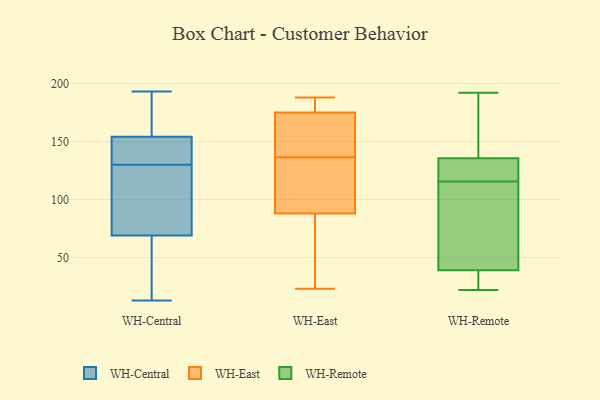
{"axis": {"x": "Satisfaction Score", "y": "Value"}, "legend": ["WH-Central", "WH-East", "WH-Remote"], "data": [{"x": "", "y": 145, "type": "WH-Central"}, {"x": "", "y": 93, "type": "WH-Central"}, {"x": "", "y": 151, "type": "WH-Central"}, {"x": "", "y": 157, "type": "WH-Central"}, {"x": "", "y": 18, "type": "WH-Central"}, {"x": "", "y": 127, "type": "WH-Central"}, {"x": "", "y": 193, "type": "WH-Central"}, {"x": "", "y": 13, "type": "WH-Central"}, {"x": "", "y": 193, "type": "WH-Central"}, {"x": "", "y": 133, "type": "WH-Central"}, {"x": "", "y": 143, "type": "WH-Central"}, {"x": "", "y": 120, "type": "WH-Central"}, {"x": "", "y": 55, "type": "WH-Central"}, {"x": "", "y": 36, "type": "WH-Central"}, {"x": "", "y": 83, "type": "WH-Central"}, {"x": "", "y": 189, "type": "WH-Central"}, {"x": "", "y": 131, "type": "WH-East"}, {"x": "", "y": 168, "type": "WH-East"}, {"x": "", "y": 31, "type": "WH-East"}, {"x": "", "y": 144, "type": "WH-East"}, {"x": "", "y": 100, "type": "WH-East"}, {"x": "", "y": 109, "type": "WH-East"}, {"x": "", "y": 157, "type": "WH-East"}, {"x": "", "y": 175, "type": "WH-East"}, {"x": "", "y": 180, "type": "WH-East"}, {"x": "", "y": 23, "type": "WH-East"}, {"x": "", "y": 175, "type": "WH-East"}, {"x": "", "y": 87, "type": "WH-East"}, {"x": "", "y": 188, "type": "WH-East"}, {"x": "", "y": 142, "type": "WH-East"}, {"x": "", "y": 88, "type": "WH-East"}, {"x": "", "y": 181, "type": "WH-East"}, {"x": "", "y": 109, "type": "WH-East"}, {"x": "", "y": 82, "type": "WH-East"}, {"x": "", "y": 135, "type": "WH-Remote"}, {"x": "", "y": 126, "type": "WH-Remote"}, {"x": "", "y": 192, "type": "WH-Remote"}, {"x": "", "y": 29, "type": "WH-Remote"}, {"x": "", "y": 49, "type": "WH-Remote"}, {"x": "", "y": 136, "type": "WH-Remote"}, {"x": "", "y": 44, "type": "WH-Remote"}, {"x": "", "y": 34, "type": "WH-Remote"}, {"x": "", "y": 110, "type": "WH-Remote"}, {"x": "", "y": 22, "type": "WH-Remote"}, {"x": "", "y": 121, "type": "WH-Remote"}, {"x": "", "y": 159, "type": "WH-Remote"}]}